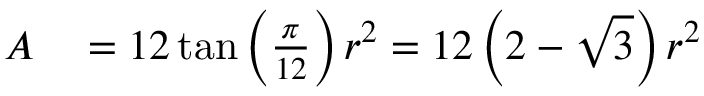
\begin{array} { r l } { A } & { { } = 1 2 \tan \left( { \frac { \pi } { 1 2 } } \right) r ^ { 2 } = 1 2 \left( 2 - { \sqrt { 3 } } \right) r ^ { 2 } } \end{array}